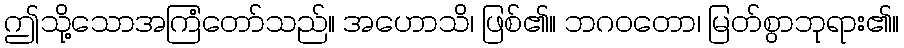
ဤသို့သောအကြံတော်သည်။ အဟောသိ၊ ဖြစ်၏။ ဘဂဝတော၊ မြတ်စွာဘုရား၏။